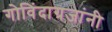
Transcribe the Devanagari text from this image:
गोविंदाग्रजांनी